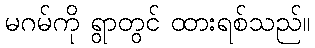
မဂမ်ကို ရွာတွင် ထားရစ်သည်။